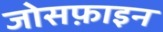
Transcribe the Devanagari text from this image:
जोसफ़ाइन